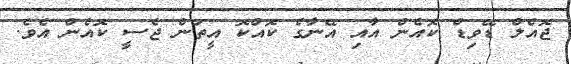
ޖޮއެލް ޑޭވިޑް ކޮއެން އާއި އޭނާގެ ކޮއްކޮ އީތަން ޖެސީ ކޮއެން އެވެ.